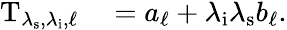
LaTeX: \begin{array}{rl}{\mathrm{T}_{\lambda_{\mathrm{s}},\lambda_{\mathrm{i}},\ell}}&{{}=a_{\ell}+\lambda_{\mathrm{i}}\lambda_{\mathrm{s}}b_{\ell}.}\end{array}